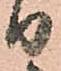
り